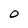
Character: 0